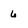
Character: 6